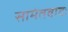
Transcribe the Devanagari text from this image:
सामंतवादः